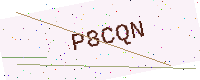
Text: P8CQN